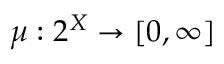
\mu : 2 ^ { X } \to [ 0 , \infty ]